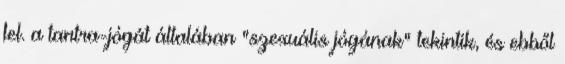
fel. a tantra-jógát általában "szexuális jógának" tekintik, és ebből